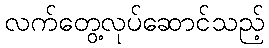
လက်တွေ့လုပ်ဆောင်သည့်